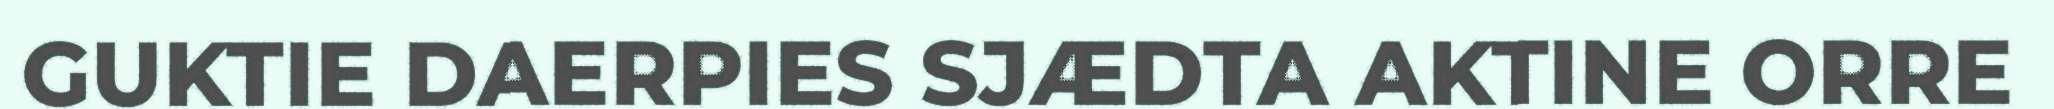
GUKTIE DAERPIES SJÆDTA AKTINE ORRE